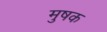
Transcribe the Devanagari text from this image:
मुषक